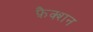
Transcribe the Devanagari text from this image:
फ़ैक्शन